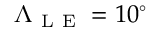
\Lambda _ { \mathrm { ~ L ~ E ~ } } = 1 0 ^ { \circ }